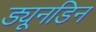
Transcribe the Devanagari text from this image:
ड्यूनडिन